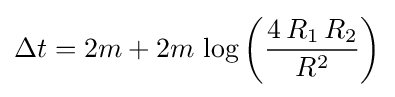
\Delta t=2m+2m\,\log \left({\frac {4\,R_{1}\,R_{2}}{R^{2}}}\right)